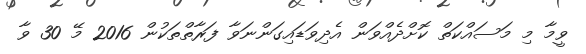
ވީމާ މި މަސައްކަތް ކޮށްދެއްވަން އެދިވަޑައިގަންނަވާ ފަރާތްތަކުން 2016 މޭ 30 ވާ